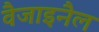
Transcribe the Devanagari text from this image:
वैजाइनैल